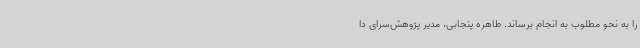
را به نحو مطلوب به انجام برساند. طاهره پنجابی، مدیر پژوهش‌سرای دا